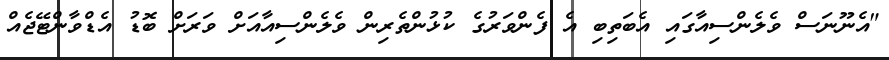
"އެނޫނަސް ވެލެންސިއާގައި އެބަތިބި އެ ފެންވަރުގެ ކުޅުންތެރިން ވެލެންސިއާއަށް ވަރަށް ބޮޑު އެޑްވާންޓޭޖެއް